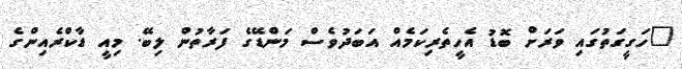
"ހަގީގަތުގައި ވަރަށް ބޮޑު އެހީތެރިކަމެއް އަބަދުވެސް މަންޑޭގެ ފަރާތުން ލިބޭ. މިއީ ޑާކްރެއިންގެ